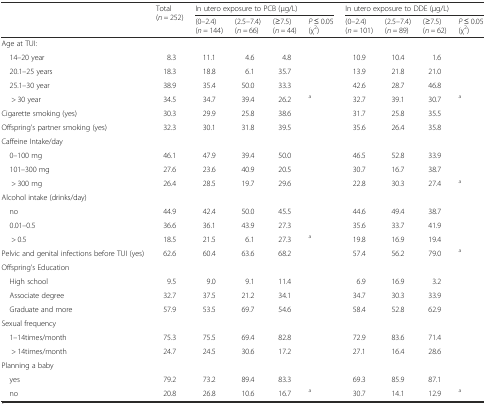
<table><thead><tr><td rowspan="2"></td><td rowspan="2"><b>Total (<i>n =</i> 252)</b></td><td colspan="4"><b>In utero exposure to PCB (μg/L)</b></td><td colspan="4"><b>In utero exposure to DDE (μg/L)</b></td></tr><tr><td><b>(0–2.4) (<i>n =</i> 144)</b></td><td><b>(2.5–7.4) (<i>n =</i> 66)</b></td><td><b>(≥7.5) (<i>n =</i> 44)</b></td><td><b><i>P</i> ≤ 0.05 (χ<sup>2</sup>)</b></td><td><b>(0–2.4) (<i>n =</i> 101)</b></td><td><b>(2.5–7.4) (<i>n =</i> 89)</b></td><td><b>(≥7.5) (<i>n =</i> 62)</b></td><td><b><i>P</i> ≤ 0.05 (χ<sup>2</sup>)</b></td></tr></thead><tbody><tr><td colspan="10">Age at TUI:</td></tr><tr><td> 14–20 year</td><td>8.3</td><td>11.1</td><td>4.6</td><td>4.8</td><td></td><td>10.9</td><td>10.4</td><td>1.6</td><td></td></tr><tr><td> 20.1–25 years</td><td>18.3</td><td>18.8</td><td>6.1</td><td>35.7</td><td></td><td>13.9</td><td>21.8</td><td>21.0</td><td></td></tr><tr><td> 25.1–30 year</td><td>38.9</td><td>35.4</td><td>50.0</td><td>33.3</td><td></td><td>42.6</td><td>28.7</td><td>46.8</td><td></td></tr><tr><td>&gt; 30 year</td><td>34.5</td><td>34.7</td><td>39.4</td><td>26.2</td><td><sup>a</sup></td><td>32.7</td><td>39.1</td><td>30.7</td><td><sup>a</sup></td></tr><tr><td>Cigarette smoking (yes)</td><td>30.3</td><td>29.9</td><td>25.8</td><td>38.6</td><td></td><td>31.7</td><td>25.8</td><td>35.5</td><td></td></tr><tr><td>Offspring’s partner smoking (yes)</td><td>32.3</td><td>30.1</td><td>31.8</td><td>39.5</td><td></td><td>35.6</td><td>26.4</td><td>35.8</td><td></td></tr><tr><td colspan="10">Caffeine Intake/day</td></tr><tr><td> 0–100 mg</td><td>46.1</td><td>47.9</td><td>39.4</td><td>50.0</td><td></td><td>46.5</td><td>52.8</td><td>33.9</td><td></td></tr><tr><td> 101–300 mg</td><td>27.6</td><td>23.6</td><td>40.9</td><td>20.5</td><td></td><td>30.7</td><td>16.7</td><td>38.7</td><td></td></tr><tr><td>&gt; 300 mg</td><td>26.4</td><td>28.5</td><td>19.7</td><td>29.6</td><td></td><td>22.8</td><td>30.3</td><td>27.4</td><td><sup>a</sup></td></tr><tr><td colspan="10">Alcohol intake (drinks/day)</td></tr><tr><td> no</td><td>44.9</td><td>42.4</td><td>50.0</td><td>45.5</td><td></td><td>44.6</td><td>49.4</td><td>38.7</td><td></td></tr><tr><td> 0.01–0.5</td><td>36.6</td><td>36.1</td><td>43.9</td><td>27.3</td><td></td><td>35.6</td><td>33.7</td><td>41.9</td><td></td></tr><tr><td>&gt; 0.5</td><td>18.5</td><td>21.5</td><td>6.1</td><td>27.3</td><td><sup>a</sup></td><td>19.8</td><td>16.9</td><td>19.4</td><td></td></tr><tr><td>Pelvic and genital infections before TUI (yes)</td><td>62.6</td><td>60.4</td><td>63.6</td><td>68.2</td><td></td><td>57.4</td><td>56.2</td><td>79.0</td><td><sup>a</sup></td></tr><tr><td colspan="10">Offspring’s Education</td></tr><tr><td> High school</td><td>9.5</td><td>9.0</td><td>9.1</td><td>11.4</td><td></td><td>6.9</td><td>16.9</td><td>3.2</td><td></td></tr><tr><td> Associate degree</td><td>32.7</td><td>37.5</td><td>21.2</td><td>34.1</td><td></td><td>34.7</td><td>30.3</td><td>33.9</td><td></td></tr><tr><td> Graduate and more</td><td>57.9</td><td>53.5</td><td>69.7</td><td>54.6</td><td></td><td>58.4</td><td>52.8</td><td>62.9</td><td></td></tr><tr><td colspan="10">Sexual frequency</td></tr><tr><td> 1–14times/month</td><td>75.3</td><td>75.5</td><td>69.4</td><td>82.8</td><td></td><td>72.9</td><td>83.6</td><td>71.4</td><td></td></tr><tr><td>&gt; 14times/month</td><td>24.7</td><td>24.5</td><td>30.6</td><td>17.2</td><td></td><td>27.1</td><td>16.4</td><td>28.6</td><td></td></tr><tr><td colspan="10">Planning a baby</td></tr><tr><td> yes</td><td>79.2</td><td>73.2</td><td>89.4</td><td>83.3</td><td></td><td>69.3</td><td>85.9</td><td>87.1</td><td></td></tr><tr><td> no</td><td>20.8</td><td>26.8</td><td>10.6</td><td>16.7</td><td><sup>a</sup></td><td>30.7</td><td>14.1</td><td>12.9</td><td><sup>a</sup></td></tr></tbody></table>